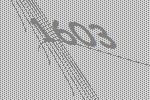
1603